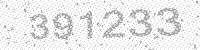
Solution: 391233